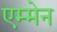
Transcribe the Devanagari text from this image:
एम्मेन